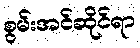
စွမ်းအင်ဆိုင်ရာ